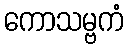
ကောသမ္ဗကံ